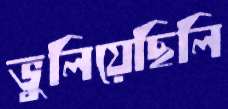
ভুলিয়েছিলি